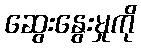
ဆွေးနွေးမှုကို